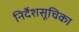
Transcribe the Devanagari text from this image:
निर्देशसूचिका